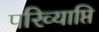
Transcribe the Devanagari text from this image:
परिव्याप्ति